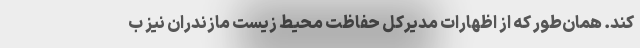
کند. همان‌طور که از اظهارات مدیرکل حفاظت محیط زیست مازندران نیز ب